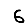
Digit: 6